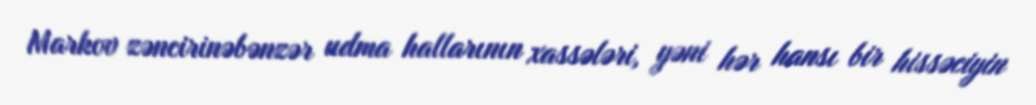
Markov zəncirinəbənzər udma hallarının xassələri, yəni hər hansı bir hissəciyin